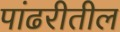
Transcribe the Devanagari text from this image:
पांढरीतील